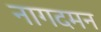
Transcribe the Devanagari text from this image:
नागदमन